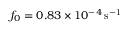
f _ { 0 } = 0 . 8 3 \times 1 0 ^ { - 4 } \, \mathrm { s ^ { - 1 } }